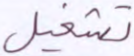
تشغيل